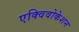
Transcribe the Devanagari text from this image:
एक्विवोकेशन